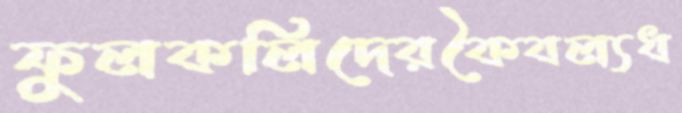
ফুলকলিদেরকৈবল্যধ